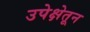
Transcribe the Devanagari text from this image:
उपेक्षेतून